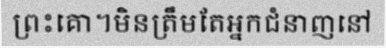
ព្រះគោ។មិនត្រឹមតែអ្នកជំនាញនៅ